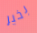
بخير